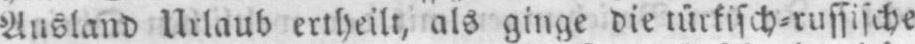
Ausland Urlaub ertheilt, als ginge die türkisch⸗russische